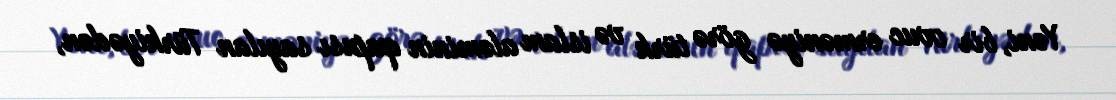
Yəni, bir ovuc erməniyə görə türk və islam aləminin qapısı sayılan Türkiyədən,